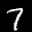
Label: 7